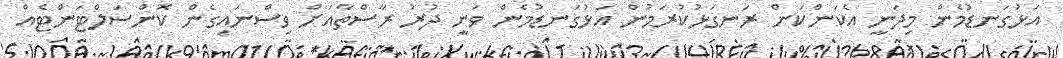
އަޅުގަނޑުމެން މިދަނީ އެކަންކަން ރަނގަޅުކުރަމުން އަޅުގަނޑުމެން ވަނީ ދުރު ރާސްތާއަށް ވިސްނައިގެން ކޮންސަލްޓަންޓެއް